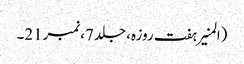
(المنیر ہفت روزہ، جلد7،نمبر21۔